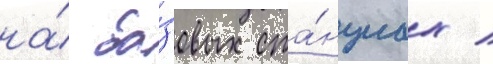
на́ ба́зовых ста́нциах /